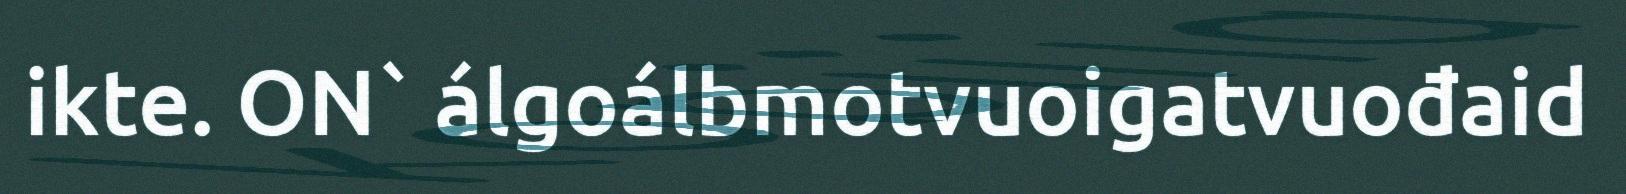
ikte. ON` álgoálbmotvuoigatvuođaid